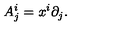
A _ { j } ^ { i } = x ^ { i } \partial _ { j } .